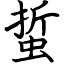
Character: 蜇